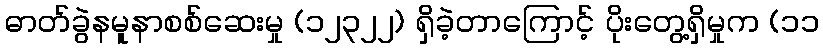
ဓာတ်ခွဲနမူနာစစ်ဆေးမှု (၁၂၃၂၂) ရှိခဲ့တာကြောင့် ပိုးတွေ့ရှိမှုက (၁၁